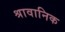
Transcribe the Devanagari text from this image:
श्रावानिक